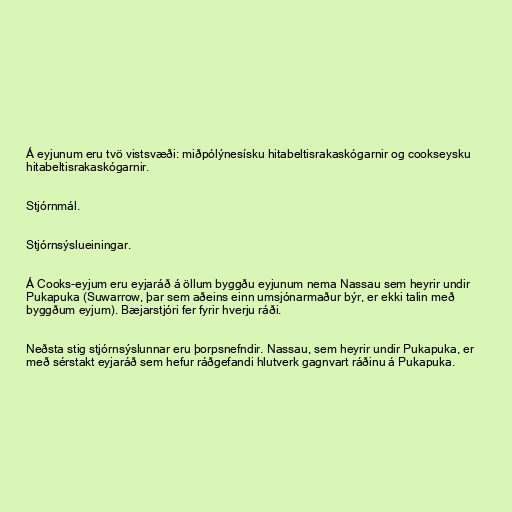
Á eyjunum eru tvö vistsvæði: miðpólýnesísku hitabeltisrakaskógarnir og cookseysku
hitabeltisrakaskógarnir.

Stjórnmál.

Stjórnsýslueiningar.

Á Cooks-eyjum eru eyjaráð á öllum byggðu eyjunum nema Nassau sem heyrir undir
Pukapuka (Suwarrow, þar sem aðeins einn umsjónarmaður býr, er ekki talin með
byggðum eyjum). Bæjarstjóri fer fyrir hverju ráði.

Neðsta stig stjórnsýslunnar eru þorpsnefndir. Nassau, sem heyrir undir Pukapuka, er
með sérstakt eyjaráð sem hefur ráðgefandi hlutverk gagnvart ráðinu á Pukapuka.